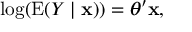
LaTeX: \log ( \operatorname { E } ( Y \mid \mathbf { x } ) ) = { \boldsymbol { \theta } } ^ { \prime } \mathbf { x } ,